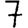
Digit: 7